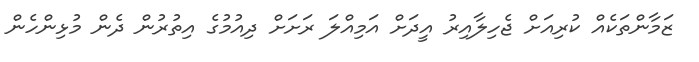
ޒަމާންތަކެއް ކުރިއަށް ޖެހިލާއިރު އީދަށް އަމިއްލަ ރަށަށް ދިއުމުގެ އިތުރުން ދެން މުޅިންހެން